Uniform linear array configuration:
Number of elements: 16
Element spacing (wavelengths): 1
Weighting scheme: kaiser
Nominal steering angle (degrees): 0
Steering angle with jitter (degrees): -1.03
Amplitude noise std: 0.05
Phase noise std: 0.05

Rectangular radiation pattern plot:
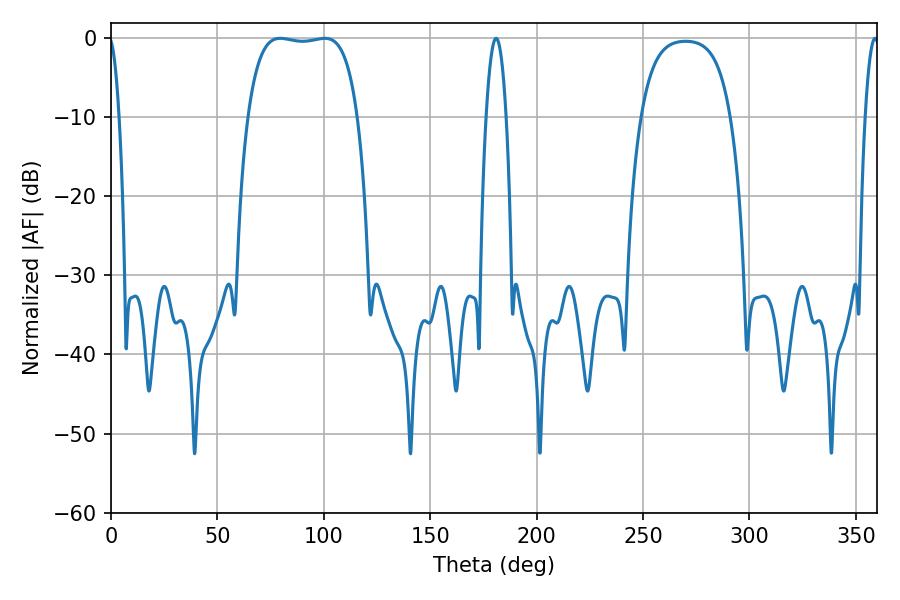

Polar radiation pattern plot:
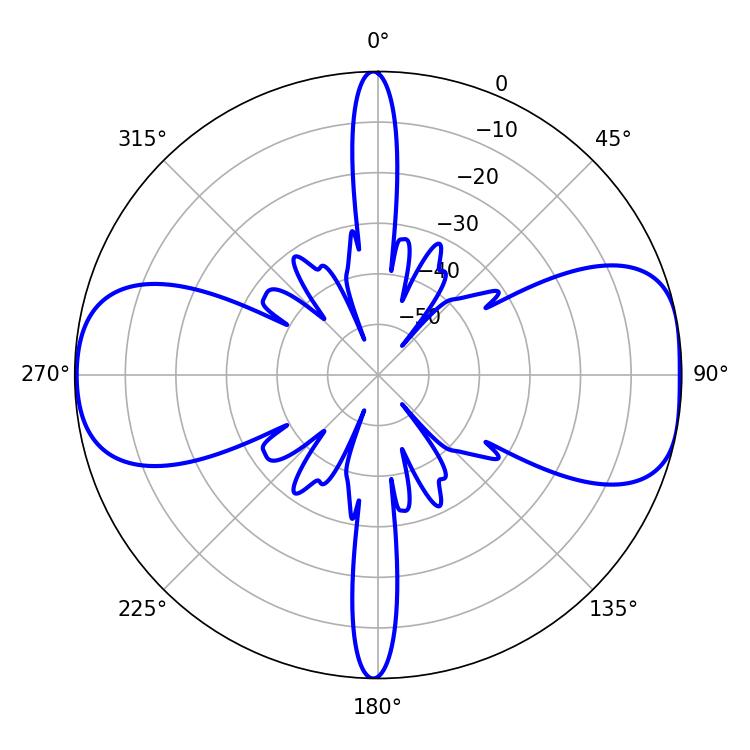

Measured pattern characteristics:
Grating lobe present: TRUE
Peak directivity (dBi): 9.546
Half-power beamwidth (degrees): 40.68
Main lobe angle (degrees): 79.56